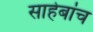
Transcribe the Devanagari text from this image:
साहेबांच